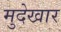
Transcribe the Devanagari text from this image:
मुदेखार